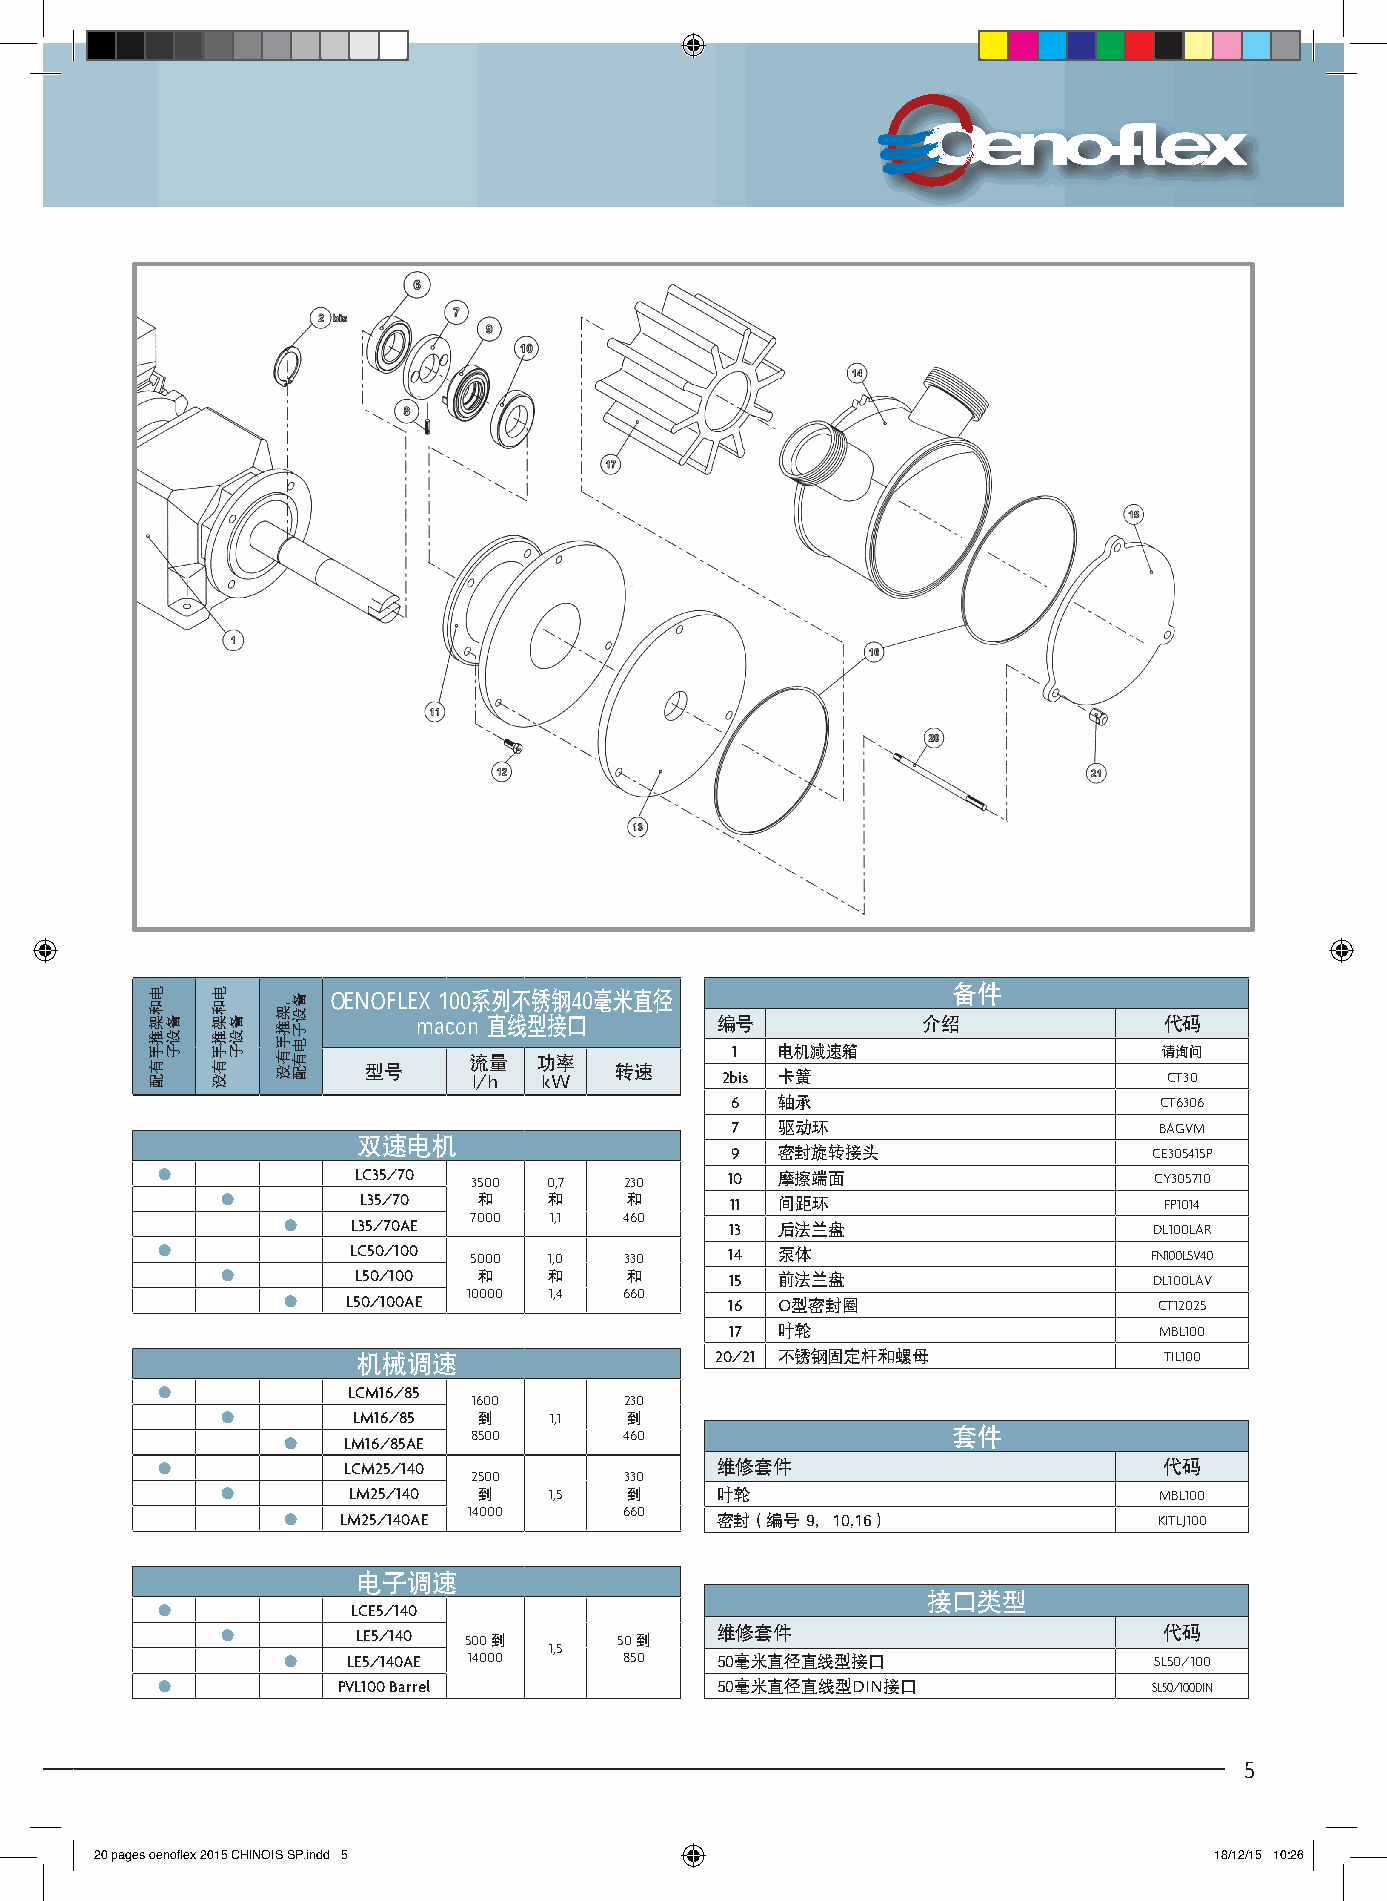
备件 OENOFLEX 100系列不锈钢40毫米直径
 macon 直线型接口        编号            介绍              代码
 1   电机减速箱                    请询问
 流量   功率
 型号     l/h  kW   转速     2bis 卡簧                      CT30
 6   轴承                       CT6306
 7   驱动环                      BAGVM
 双速电机
 9   密封旋转接头                  CE305415P
 ●            LC35/70 3500 0,7  230    10  摩擦端面                    CY305710
 ●        L35/70  和   和    和      11  间距环                      FP1014
 ●   L35/70AE 7000 1,1 460    13  后法兰盘                    DL100LAR
 ●            LC50/100 5000 1,0 330    14  泵体                      FN100LSV40
 ●       L50/100  和   和    和      15  前法兰盘                    DL100LAV
 ●   L50/100AE 10000 1,4 660  16  O型密封圈                    CT12025
 17  叶轮                       MBL100
 机械调速                   20/21 不锈钢固定杆和螺母               TIL100
 ●            LCM16/85
 1600      230
 ●       LM16/85  到   1,1  到
 ●   LM16/85AE 8500    460                   套件
 ●            LCM25/140               维修套件                          代码
 2500      330
 ●       LM25/140 到   1,5  到     叶轮                            MBL100
 ●   LM25/140AE 14000  660   密封（编号 9，10,16）                KITLJ100
 电子调速
 接口类型
 ●            LCE5/140
 ●        LE5/140 500 到    50 到  维修套件                          代码
 1,5
 ●   LE5/140AE 14000   850   50毫米直径直线型接口                  SL50/100
 ●           PVL100 Barrel            50毫米直径直线型DIN接口               SL50/100DIN
 5
 20 pages oenoflex 2015 CHINOIS SP.indd 5                                  18/12/15 10:26
 电和架推手有配
 备设子
 电和架推手有没
 备设子
 ，架推手有没 备设子电有配